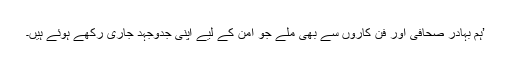
’ہم بہادر صحافی اور فن کاروں سے بھی ملے جو امن کے لیے اپنی جدوجہد جاری رکھے ہوئے ہیں۔